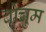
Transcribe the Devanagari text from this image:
बोचुम